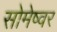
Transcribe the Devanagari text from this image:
सोमेष्वर